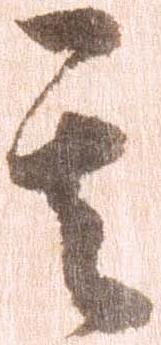
其